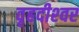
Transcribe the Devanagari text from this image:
वृहदीश्‍वर